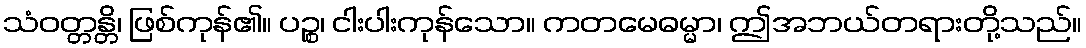
သံဝတ္တန္တိ၊ ဖြစ်ကုန်၏။ ပဉ္စ၊ ငါးပါးကုန်သော။ ကတမေဓမ္မာ၊ ဤအဘယ်တရားတို့သည်။